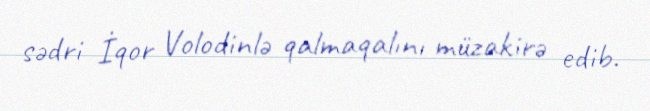
sədri İqor Volodinlə qalmaqalını müzakirə edib.